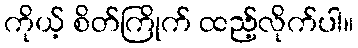
ကိုယ့် စိတ်ကြိုက် ထည့်လိုက်ပါ။